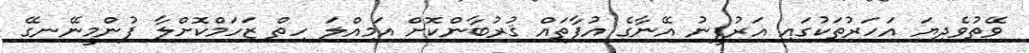
ވޭތުވެދިޔަ އަހަރުތަކުގައި އަރުފީނު އޭނާގެ އުފާތައް ޤުރުބާންކޮށް އަމިއްލަ ހިތް ޒަހަމްކޮށްލާ ފުންމީނޭނގޭ